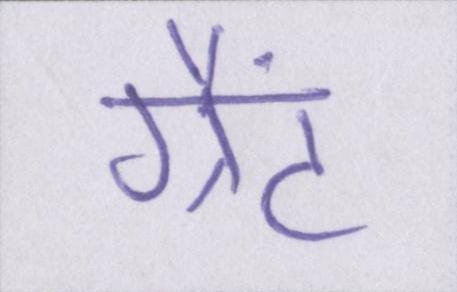
ग्रैंट